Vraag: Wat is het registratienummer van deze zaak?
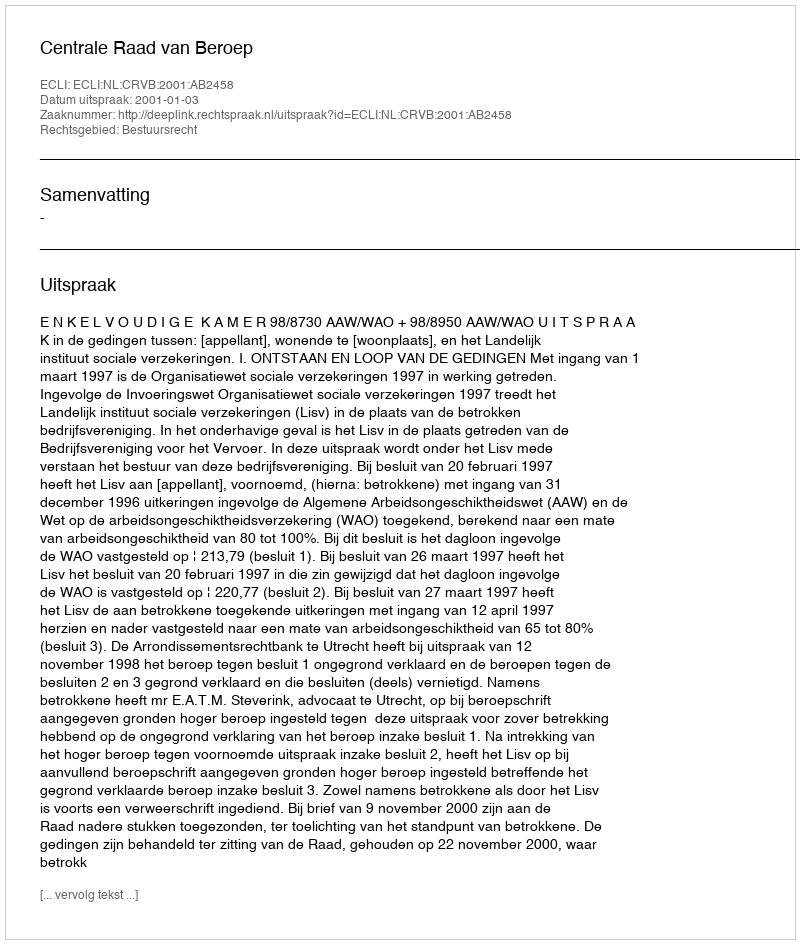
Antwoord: http://deeplink.rechtspraak.nl/uitspraak?id=ECLI:NL:CRVB:2001:AB2458